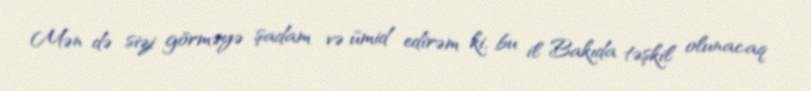
Mən də sizi görməyə şadam və ümid edirəm ki, bu il Bakıda təşkil olunacaq